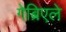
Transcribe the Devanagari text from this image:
गेब्रिएले